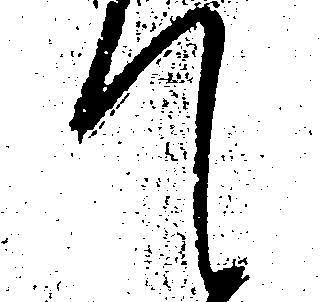
て